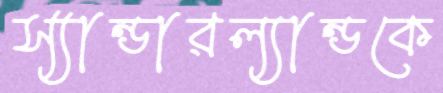
স্যান্ডারল্যান্ডকে